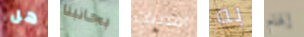
هل بجانبنا أمضيت به إلهام